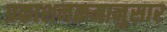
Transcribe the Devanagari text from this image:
प्रकाशनक्रमानुसार